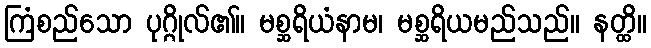
ကြံစည်သော ပုဂ္ဂိုလ်၏။ မစ္ဆရိယံနာမ၊ မစ္ဆရိယမည်သည်။ နတ္ထိ။